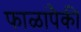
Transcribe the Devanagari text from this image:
फाळांपैकी